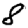
Digit: 8